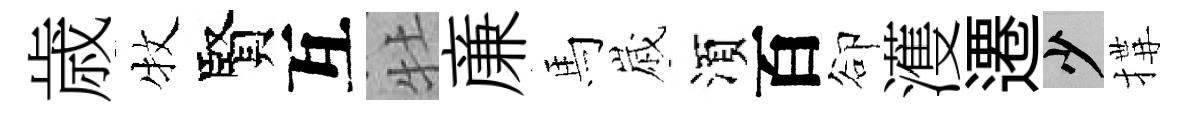
歳牧賢互牡亷馬𡻕湏百卻濩遷少搆